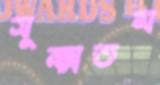
সূক্ষ্মতম